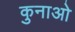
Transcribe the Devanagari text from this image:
कुनाओ